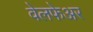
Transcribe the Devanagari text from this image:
वेलफेअर